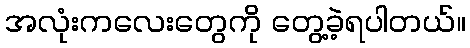
အလုံးကလေးတွေကို တွေ့ခဲ့ရပါတယ်။